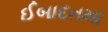
ઈબાદતમા